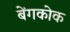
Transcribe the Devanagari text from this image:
बेंगकोक